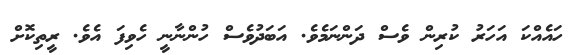
ހައެއްކަ އަހަރު ކުރިން ވެސް ދަންނަމެވެ. އަބަދުވެސް ހުންނާނީ ހެވިފަ އެވެ. ރީތިކޮށް